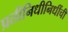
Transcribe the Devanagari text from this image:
प्रतीनिधीनिधींची